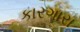
કારગારા